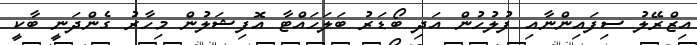
އިޒްރޭލު ސިފައިންނާއި ފުލުހުން އަދި ބޯޑަރު ބަލަހައްޓާ އޮފިޝަލުން މިހާރު ގެންދަނީ ބާކީ